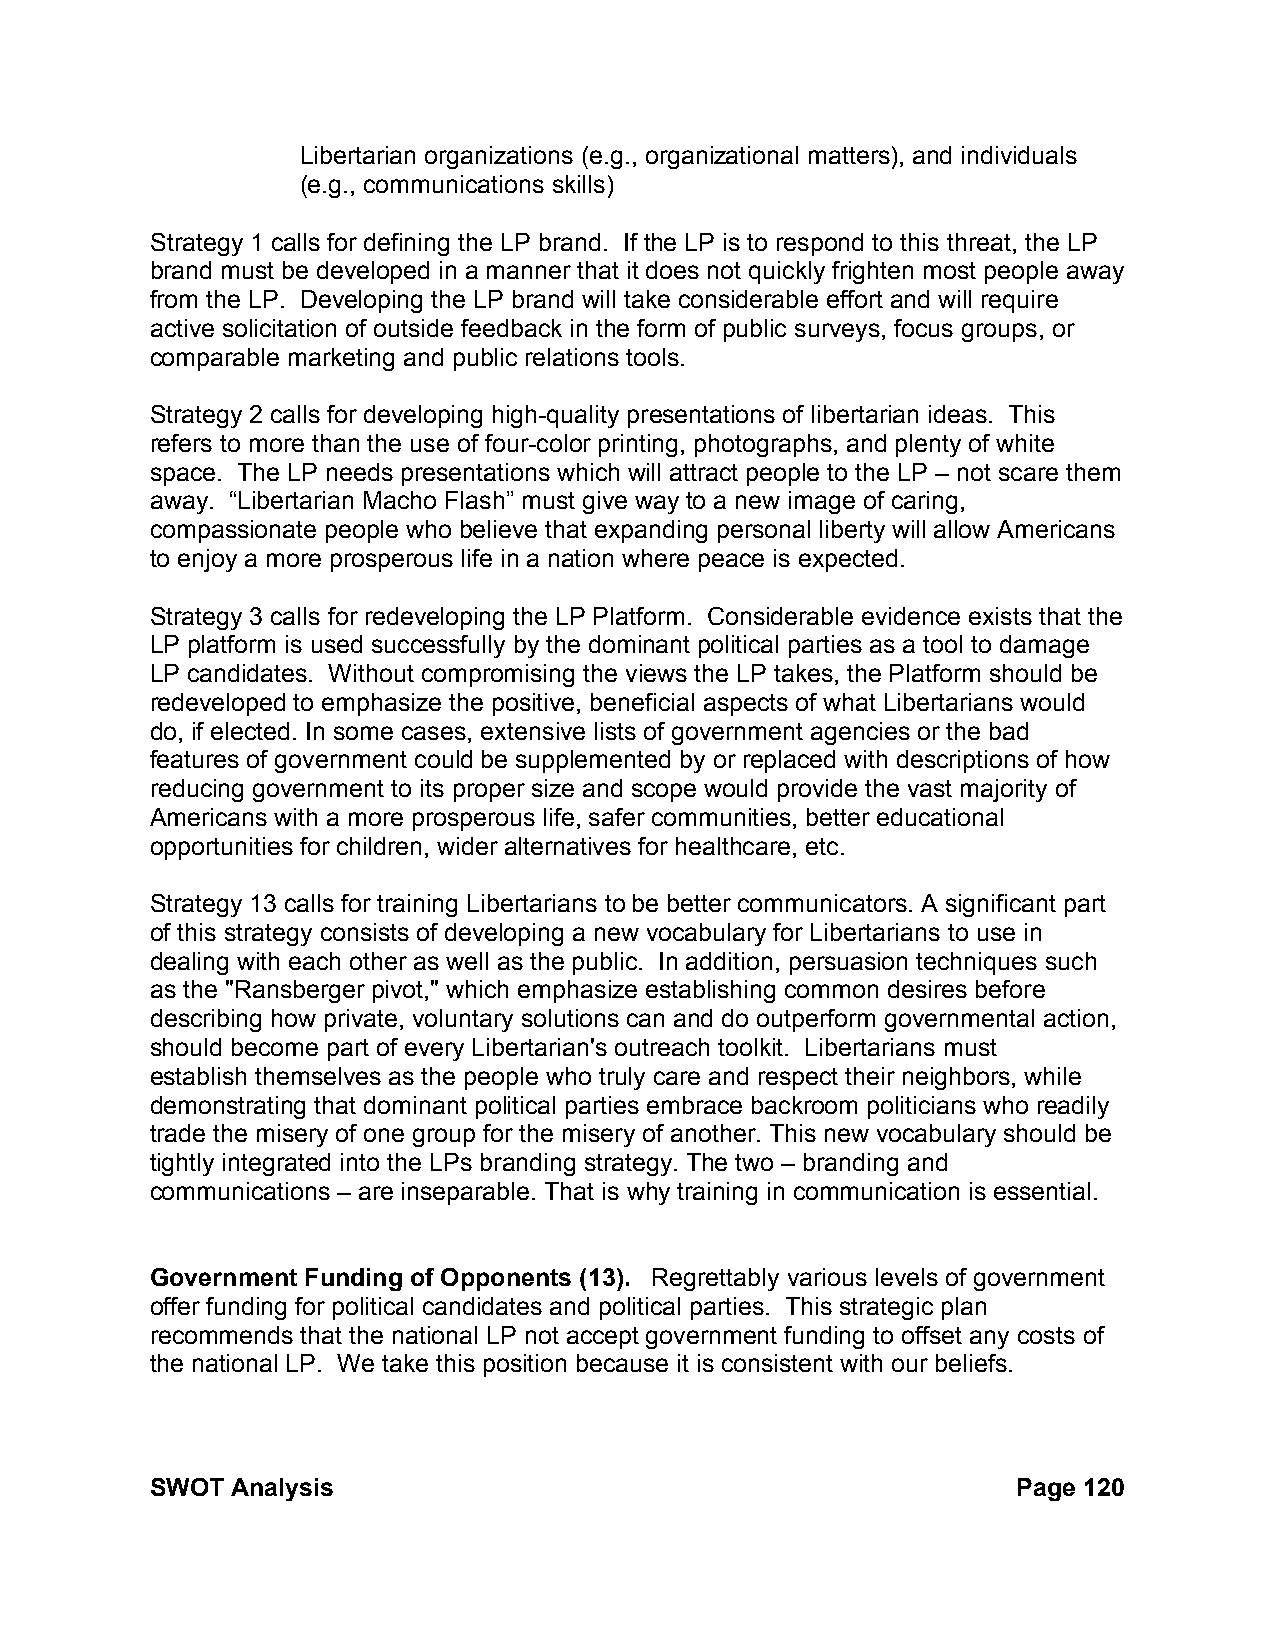
Libertarian organizations (e.g., organizational matters), and individuals
 (e.g., communications skills)
 Strategy 1 calls for defining the LP brand. If the LP is to respond to this threat, the LP
 brand must be developed in a manner that it does not quickly frighten most people away
 from the LP. Developing the LP brand will take considerable effort and will require
 active solicitation of outside feedback in the form of public surveys, focus groups, or
 comparable marketing and public relations tools.
 Strategy 2 calls for developing high-quality presentations of libertarian ideas. This
 refers to more than the use of four-color printing, photographs, and plenty of white
 space. The LP needs presentations which will attract people to the LP – not scare them
 away. “Libertarian Macho Flash” must give way to a new image of caring,
 compassionate people who believe that expanding personal liberty will allow Americans
 to enjoy a more prosperous life in a nation where peace is expected.
 Strategy 3 calls for redeveloping the LP Platform. Considerable evidence exists that the
 LP platform is used successfully by the dominant political parties as a tool to damage
 LP candidates. Without compromising the views the LP takes, the Platform should be
 redeveloped to emphasize the positive, beneficial aspects of what Libertarians would
 do, if elected. In some cases, extensive lists of government agencies or the bad
 features of government could be supplemented by or replaced with descriptions of how
 reducing government to its proper size and scope would provide the vast majority of
 Americans with a more prosperous life, safer communities, better educational
 opportunities for children, wider alternatives for healthcare, etc.
 Strategy 13 calls for training Libertarians to be better communicators. A significant part
 of this strategy consists of developing a new vocabulary for Libertarians to use in
 dealing with each other as well as the public. In addition, persuasion techniques such
 as the "Ransberger pivot," which emphasize establishing common desires before
 describing how private, voluntary solutions can and do outperform governmental action,
 should become part of every Libertarian's outreach toolkit. Libertarians must
 establish themselves as the people who truly care and respect their neighbors, while
 demonstrating that dominant political parties embrace backroom politicians who readily
 trade the misery of one group for the misery of another. This new vocabulary should be
 tightly integrated into the LPs branding strategy. The two – branding and
 communications – are inseparable. That is why training in communication is essential.
 Government Funding of Opponents (13). Regrettably various levels of government
 offer funding for political candidates and political parties. This strategic plan
 recommends that the national LP not accept government funding to offset any costs of
 the national LP. We take this position because it is consistent with our beliefs.
 SWOT Analysis                                            Page 120